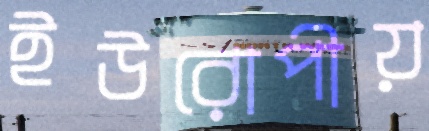
ইউরোপীয়